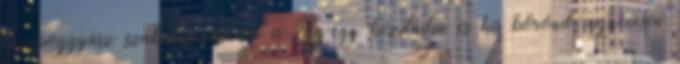
kézipoggyász szabályozásukat is: egy-egy kézitáska és kis bőrönd ingyenesen